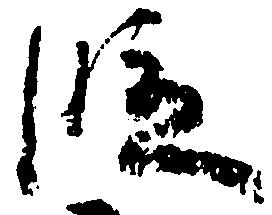
段